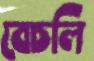
বেচলি